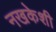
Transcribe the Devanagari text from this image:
नखकेशी